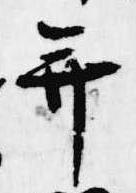
并